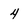
Character: 4